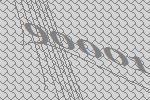
90001